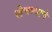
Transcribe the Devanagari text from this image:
खेचण्याचे